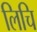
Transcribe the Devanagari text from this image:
लिचि